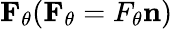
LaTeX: \mathbf{F_{\theta}}(\mathbf{F_{\theta}}=F_{\theta}\mathbf{n})